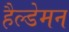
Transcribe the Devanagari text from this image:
हैल्डेमन